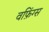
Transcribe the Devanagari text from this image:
वफ़िंग्स